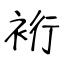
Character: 裄